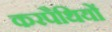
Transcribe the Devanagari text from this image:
करपैथियों